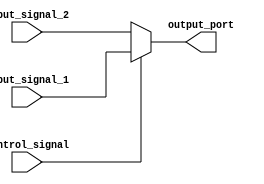
module IO_Block_Bus_Switch (
    input wire [7:0] input_signal_1,
    input wire [7:0] input_signal_2,
    input wire control_signal,
    output reg [7:0] output_port
);

always @ (control_signal or input_signal_1 or input_signal_2)
    begin
        if (control_signal)
            output_port <= input_signal_1;
        else
            output_port <= input_signal_2;
    end

endmodule